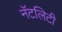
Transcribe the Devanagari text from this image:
नॅटलिटी